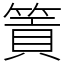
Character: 篢